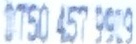
0750 457 9939